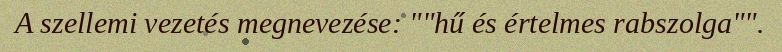
A szellemi vezetés megnevezése: ""hű és értelmes rabszolga"".